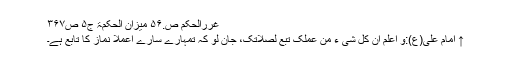
غررالحکم ص.۵۶ میزان الحکمۃ ج۵ ص۳۶۷
↑ امام علی(ع):و اعلم ان کل شی ء من عملک تبع لصلاتک، جان لو کہ تمہارے سارے اعملا نماز کا تابع ہے۔